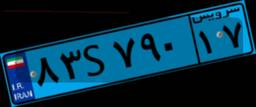
۸۳S۷۹۰۱۷